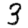
Digit: 3